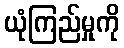
ယုံကြည်မှုကို